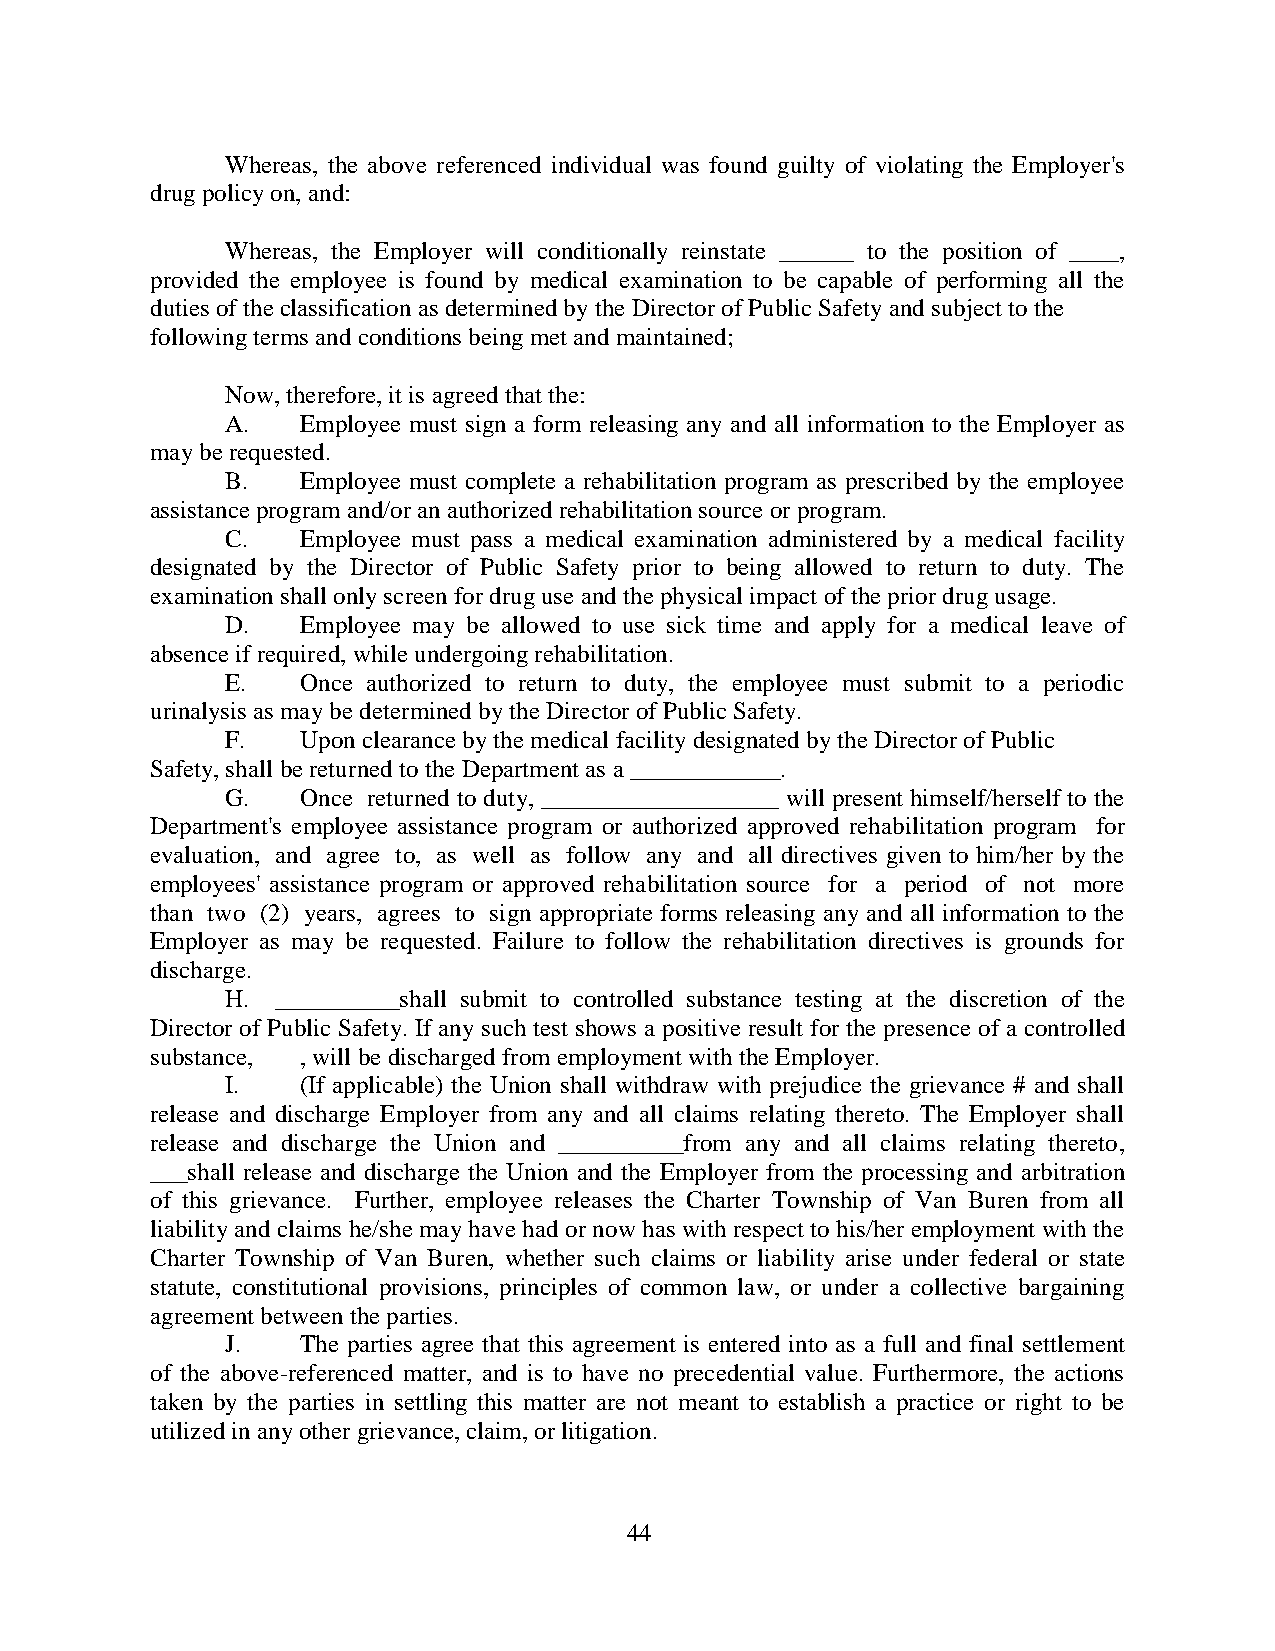
Whereas, the above referenced individual was found guilty of violating the Employer's
 drug policy on, and:
 Whereas, the Employer will conditionally reinstate ______ to the position of ____,
 provided the employee is found by medical examination to be capable of performing all the
 duties of the classification as determined by the Director of Public Safety and subject to the
 following terms and conditions being met and maintained;
 Now, therefore, it is agreed that the:
 A.   Employee must sign a form releasing any and all information to the Employer as
 may be requested.
 B.   Employee must complete a rehabilitation program as prescribed by the employee
 assistance program and/or an authorized rehabilitation source or program.
 C.   Employee must pass a medical examination administered by a medical facility
 designated by the Director of Public Safety prior to being allowed to return to duty. The
 examination shall only screen for drug use and the physical impact of the prior drug usage.
 D.   Employee may be allowed to use sick time and apply for a medical leave of
 absence if required, while undergoing rehabilitation.
 E.   Once authorized to return to duty, the employee must submit to a periodic
 urinalysis as may be determined by the Director of Public Safety.
 F.   Upon clearance by the medical facility designated by the Director of Public
 Safety, shall be returned to the Department as a ____________.
 G.   Once returned to duty, ___________________ will present himself/herself to the
 Department's employee assistance program or authorized approved rehabilitation program for
 evaluation, and agree to, as well as follow any and all directives given to him/her by the
 employees' assistance program or approved rehabilitation source for a period of not more
 than two (2) years, agrees to sign appropriate forms releasing any and all information to the
 Employer as may be requested. Failure to follow the rehabilitation directives is grounds for
 discharge.
 H. __________shall submit to controlled substance testing at the discretion of the
 Director of Public Safety. If any such test shows a positive result for the presence of a controlled
 substance, , will be discharged from employment with the Employer.
 I.   (If applicable) the Union shall withdraw with prejudice the grievance # and shall
 release and discharge Employer from any and all claims relating thereto. The Employer shall
 release and discharge the Union and __________from any and all claims relating thereto,
 ___shall release and discharge the Union and the Employer from the processing and arbitration
 of this grievance. Further, employee releases the Charter Township of Van Buren from all
 liability and claims he/she may have had or now has with respect to his/her employment with the
 Charter Township of Van Buren, whether such claims or liability arise under federal or state
 statute, constitutional provisions, principles of common law, or under a collective bargaining
 agreement between the parties.
 J.   The parties agree that this agreement is entered into as a full and final settlement
 of the above-referenced matter, and is to have no precedential value. Furthermore, the actions
 taken by the parties in settling this matter are not meant to establish a practice or right to be
 utilized in any other grievance, claim, or litigation.
 44